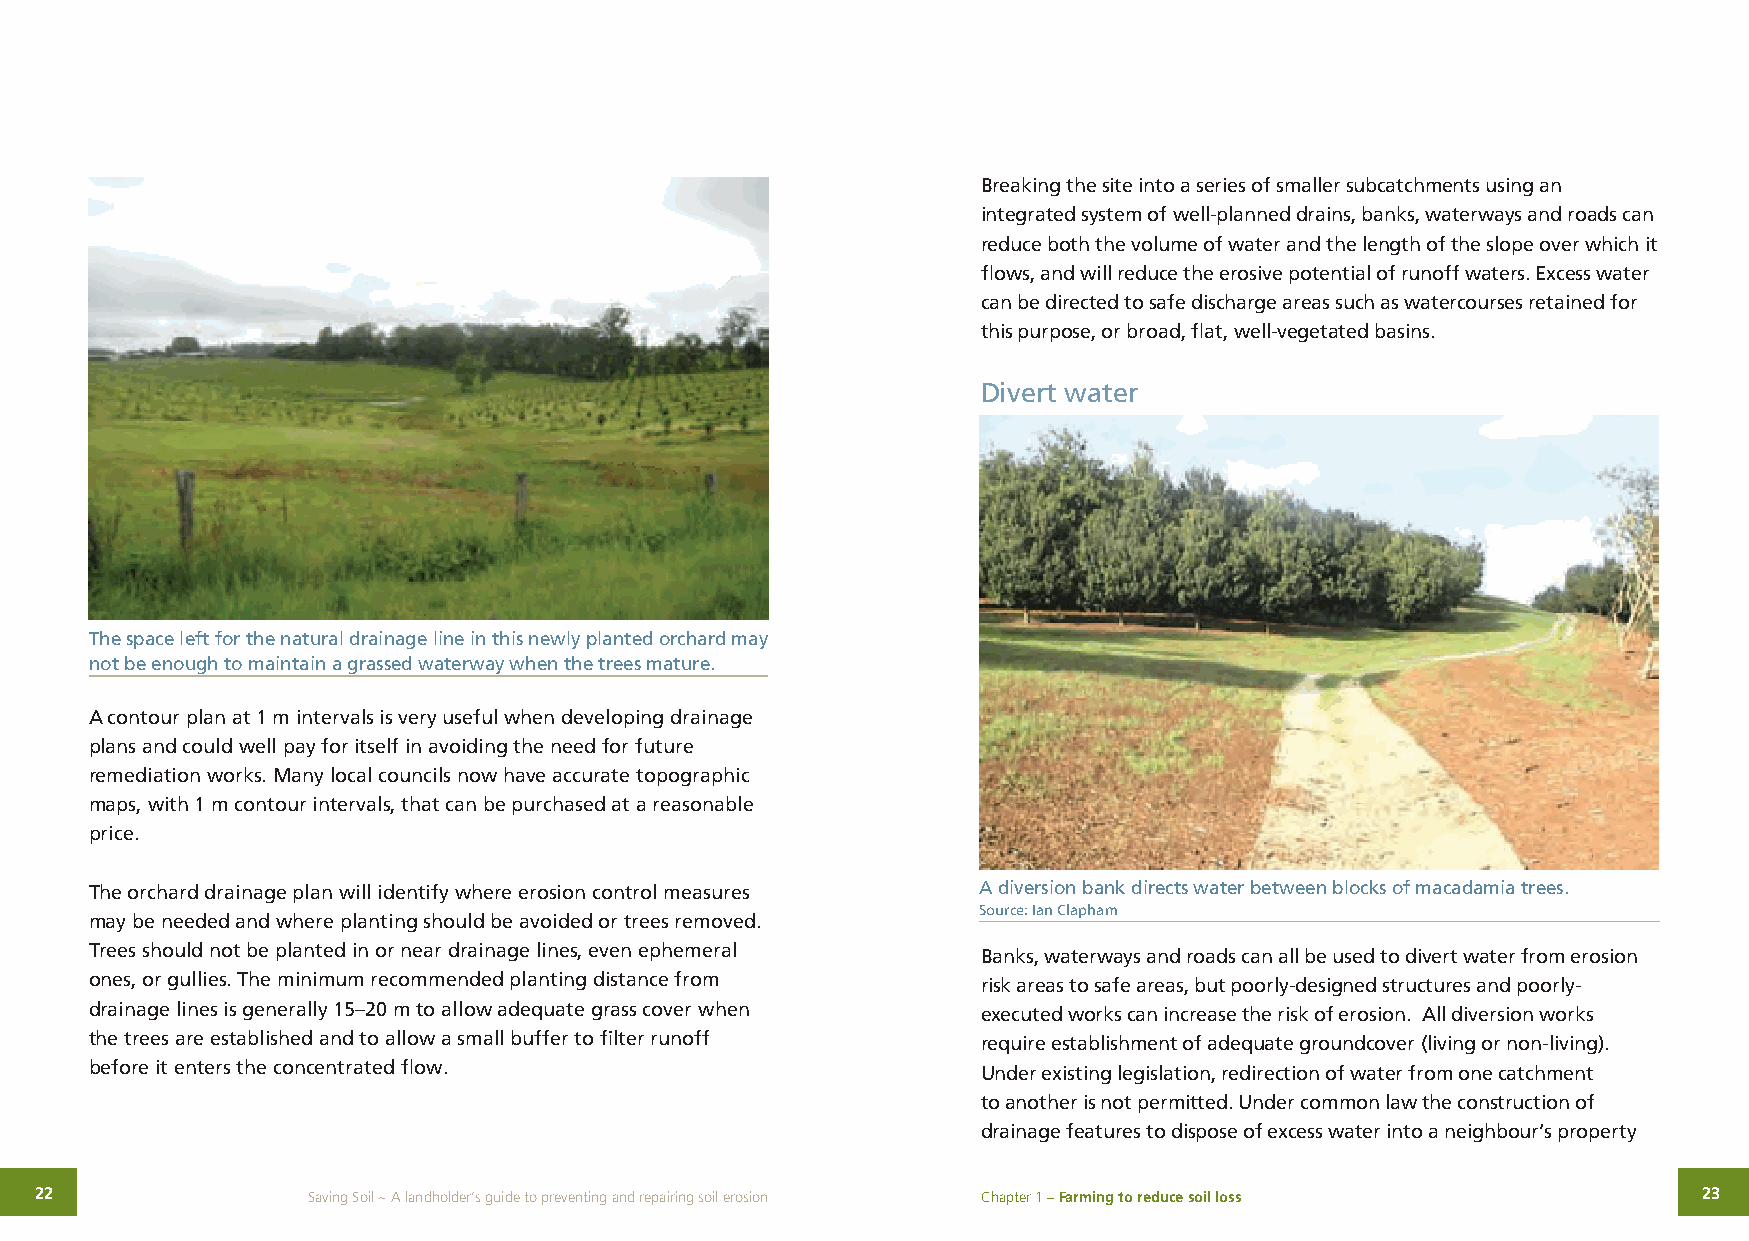
Breaking the site into a series of smaller subcatchments using an
 integrated system of well-planned drains, banks, waterways and roads can
 reduce both the volume of water and the length of the slope over which it
 flows, and will reduce the erosive potential of runoff waters. Excess water
 can be directed to safe discharge areas such as watercourses retained for
 this purpose, or broad, flat, well-vegetated basins.
 Divert water
 The space left for the natural drainage line in this newly planted orchard may
 not be enough to maintain a grassed waterway when the trees mature.
 A contour plan at 1 m intervals is very useful when developing drainage
 plans and could well pay for itself in avoiding the need for future
 remediation works. Many local councils now have accurate topographic
 maps, with 1 m contour intervals, that can be purchased at a reasonable
 price.
 The orchard drainage plan will identify where erosion control measures A diversion bank directs water between blocks of macadamia trees.
 Source: Ian Clapham
 may be needed and where planting should be avoided or trees removed.
 Trees should not be planted in or near drainage lines, even ephemeral Banks, waterways and roads can all be used to divert water from erosion
 ones, or gullies. The minimum recommended planting distance from risk areas to safe areas, but poorly-designed structures and poorly-
 drainage lines is generally 15–20 m to allow adequate grass cover when executed works can increase the risk of erosion. All diversion works
 the trees are established and to allow a small buffer to filter runoff require establishment of adequate groundcover (living or non-living).
 before it enters the concentrated flow.                    Under existing legislation, redirection of water from one catchment
 to another is not permitted. Under common law the construction of
 drainage features to dispose of excess water into a neighbour’s property
 22                Saving Soil ~ A landholder’s guide to preventing and repairing soil erosion Chapter 1 – Farming to reduce soil loss 23